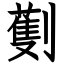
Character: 劐